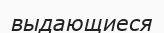
выдающиеся